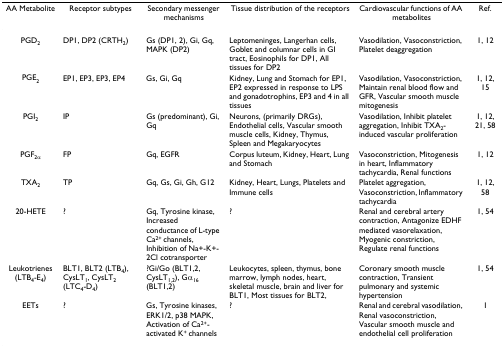
| AA Metabolite | Receptor subtypes | Secondary messenger mechanisms | Tissue distribution of the receptors | Cardiovascular functions of AA metabolites | Ref. |
 | --- | --- | --- | --- | --- | --- |
 | PGD2 | DP1, DP2 (CRTH2) | Gs (DP1, 2), Gi, Gq, MAPK (DP2) | Leptomeninges, Langerhan cells, Goblet and columnar cells in GI tract, Eosinophils for DP1, All tissues for DP2 | Vasodilation, Vasoconstriction, Platelet deaggregation | 1, 12 |
 | PGE2 | EP1, EP3, EP3, EP4 | Gs, Gi, Gq | Kidney, Lung and Stomach for EP1, EP2 expressed in response to LPS and gonadotrophins, EP3 and 4 in all tissues | Vasodilation, Vasoconstriction, Maintain renal blood flow and GFR, Vascular smooth muscle mitogenesis | 1, 12, 15 |
 | PGI2 | IP | Gs (predominant), Gi, Gq | Neurons, (primarily DRGs), Endothelial cells, Vascular smooth muscle cells, Kidney, Thymus, Spleen and Megakaryocytes | Vasodilation, Inhibit platelet aggregation, Inhibit TXA2-induced vascular proliferation | 1, 12, 21, 58 |
 | PGF2α | FP | Gq, EGFR | Corpus luteum, Kidney, Heart, Lung and Stomach | Vasoconstriction, Mitogenesis in heart, Inflammatory tachycardia, Renal functions | 1, 12 |
 | TXA2 | TP | Gq, Gs, Gi, Gh, G12 | Kidney, Heart, Lungs, Platelets and Immune cells | Platelet aggregation, Vasoconstriction, Inflammatory tachycardia | 1, 12, 58 |
 | 20-HETE | ? | Gq, Tyrosine kinase, Increased conductance of L-type Ca2+ channels, Inhibition of Na+-K+-2Cl cotransporter | ? | Renal and cerebral artery contraction, Antagonize EDHF mediated vasorelaxation, Myogenic constriction, Regulate renal functions | 1, 54 |
 | Leukotrienes (LTB4-E4) | BLT1, BLT2 (LTB4), CysLT1, CysLT2 (LTC4-D4) | ?Gi/Go (BLT1,2, CysLT1,2), Gα16 (BLT1,2) | Leukocytes, spleen, thymus, bone marrow, lymph nodes, heart, skeletal muscle, brain and liver for BLT1, Most tissues for BLT2, | Coronary smooth muscle contraction, Transient pulmonary and systemic hypertension | 1, 54 |
 | EETs | ? | Gs, Tyrosine kinases, ERK1/2, p38 MAPK, Activation of Ca2+-activated K+ channels | ? | Renal and cerebral vasodilation, Renal vasoconstriction, Vascular smooth muscle and endothelial cell proliferation | 1 |